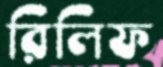
রিলিফ